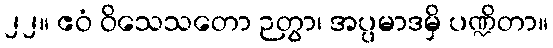
၂၂။ ဧဝံ ဝိသေသတော ဉတွာ၊ အပ္ပမာဒမှိ ပဏ္ဍိတာ။